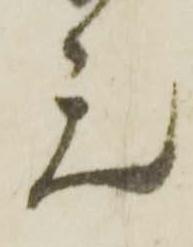
元